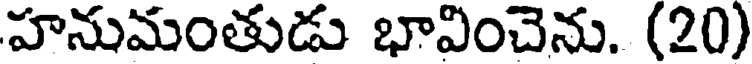
హనుమంతుడు భావించెను. (20)